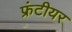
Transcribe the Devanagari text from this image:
फ्रंटीयर